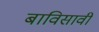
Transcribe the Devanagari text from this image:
बाविसावी